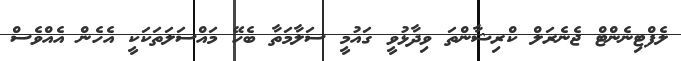
ލެފްޓިނެންޓް ޖެނެރަލް ކްރިޝާންތަ ވިދާޅުވީ ގައުމީ ސަލާމަތާ ބެހޭ މައްސަލަތަކަކީ އެހެން އެއްވެސް